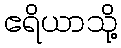
ဧရိယာသို့